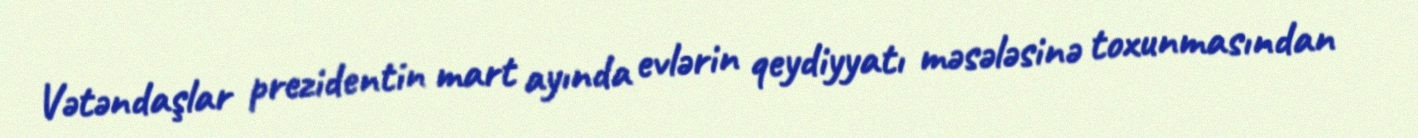
Vətəndaşlar prezidentin mart ayında evlərin qeydiyyatı məsələsinə toxunmasından